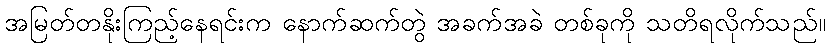
အမြတ်တနိုးကြည့်နေရင်းက နောက်ဆက်တွဲ အခက်အခဲ တစ်ခုကို သတိရလိုက်သည်။